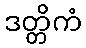
ဒတ္တိကံ